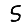
Digit: 5